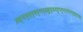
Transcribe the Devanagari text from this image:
प्रस्यन्दन्मद्गन्धलुब्धमधुपब्यालोलगण्डस्थलम्।